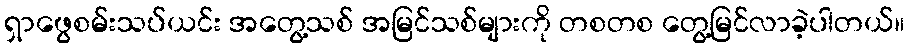
ရှာဖွေစမ်းသပ်ယင်း အတွေ့သစ် အမြင်သစ်များကို တစတစ တွေ့မြင်လာခဲ့ပါတယ်။